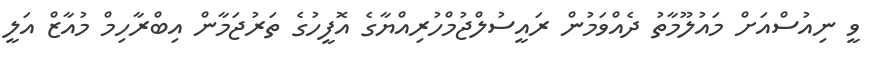
ވީ ނިއުސްއަށް މައުލޫމާތު ދެއްވަމުން ރައީސުލްޖުމްހުރިއްޔާގެ އޮފީހުގެ ތަރުޖަމާން އިބްރާހިމް މުއާޒް އަލީ